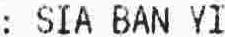
: SIA BAN YI